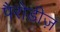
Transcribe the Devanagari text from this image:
पैरोडीज़